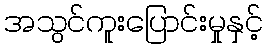
အသွင်ကူးပြောင်းမှုနှင့်